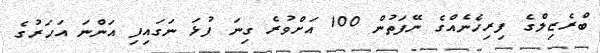
ބްރެޒިލްގެ ފިރިހެނެއްގެ ނޭފަތުން 100 އަށްވުރެ ގިނަ ފުޅަ ނަގައިފި އަންނަ އަހަރުގެ